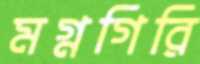
মগ্নগিরি